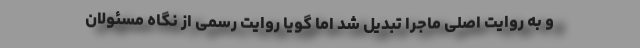
و به روایت اصلی ماجرا تبدیل شد اما گویا روایت رسمی از نگاه مسئولان